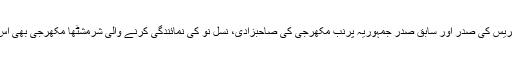
دہلی مہیلا کانگریس کی صدر اور سابق صدر جمہوریہ پرنب مکھرجی کی صاحبزادی، نسل نو کی نمائندگی کرنے والی شرمِشٹھا مکھرجی بھی اس دوڑ میں تھیں۔